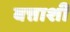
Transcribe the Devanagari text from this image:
बत्ताशी